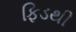
ફિડથી